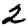
Digit: 2